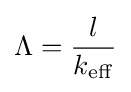
\Lambda ={\frac {l}{k_{\mathrm {eff} }}}